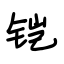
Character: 铠